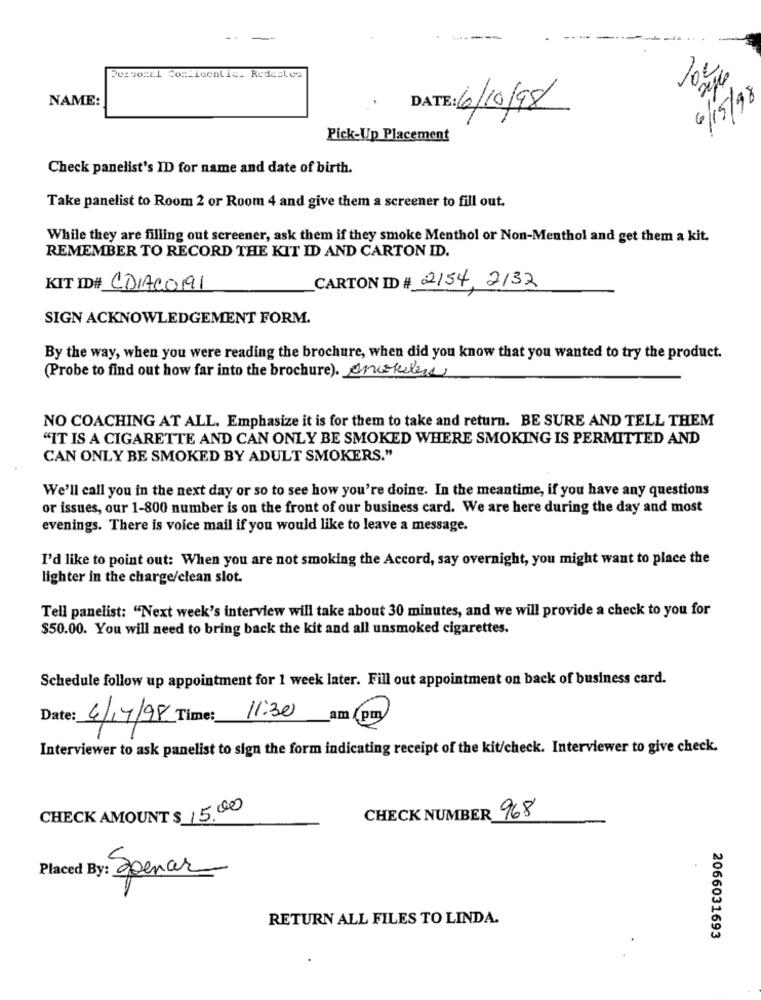
Personal Com_localiz_ Redesles
NAME:
6/15/98
DATE: 6/10/98
Pick-Up Placement
Check panelist's ID for name and date of birth.
Take panelist to Room 2 or Room 4 and give them a screener to fill out.
While they are filling out screener, ask them if they smoke Menthol or Non-Menthol and get them a kit.
REMEMBER TO RECORD THE KIT ID AND CARTON ID.
CARTON ID # 2154, 2132
KIT ID# CDIACO191
SIGN ACKNOWLEDGEMENT FORM.
By the way, when you were reading the brochure, when did you know that you wanted to try the product.
(Probe to find out how far into the brochure). enokiless
NO COACHING AT ALL. Emphasize it is for them to take and return. BE SURE AND TELL THEM
"IT IS A CIGARETTE AND CAN ONLY BE SMOKED WHERE SMOKING IS PERMITTED AND
CAN ONLY BE SMOKED BY ADULT SMOKERS."
We'll call you in the next day or so to see how you're doing. In the meantime, if you have any questions
or issues, our 1-800 number is on the front of our business card. We are here during the day and most
evenings. There is voice mail if you would like to leave a message.
I'd like to point out: When you are not smoking the Accord, say overnight, you might want to place the
lighter in the charge/clean slot.
Tell panelist: "Next week's interview will take about 30 minutes, and we will provide a check to you for
$50.00. You will need to bring back the kit and all unsmoked cigarettes.
Schedule follow up appointment for 1 week later. Fill out appointment on back of business card.
11:30
am
pm
4/17/98 Time:
Interviewer to ask panelist to sign the form indicating receipt of the kit/check. Interviewer to give check.
CHECK AMOUNT $ 15.00
CHECK NUMBER 968
Placed By: Zpenar
-
RETURN ALL FILES TO LINDA.
2066031693